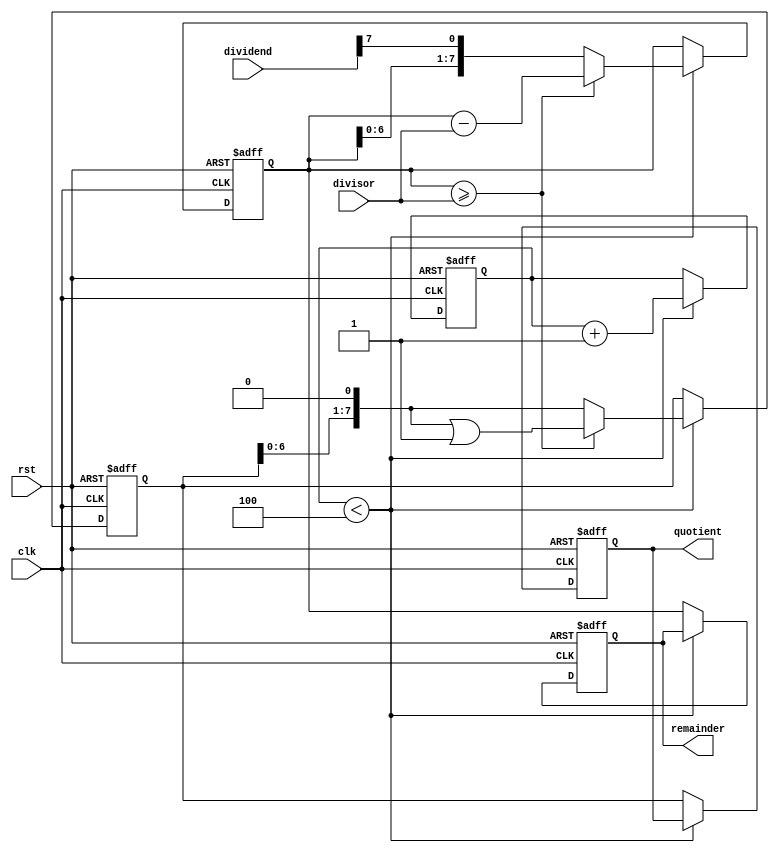
module binary_divider (
  input [7:0] dividend,
  input [7:0] divisor,
  output reg [7:0] quotient,
  output reg [7:0] remainder,
  input clk,
  input rst
);

reg [7:0] tmp_dividend;
reg [7:0] tmp_divisor;
reg [3:0] count;
reg [7:0] shifted_divisor;
reg [7:0] tmp_remainder;

always @(posedge clk or posedge rst) begin
  if (rst) begin
    quotient <= 8'b0;
    remainder <= 8'b0;
    tmp_dividend <= 8'b0;
    tmp_divisor <= 8'b0;
    count <= 4'b0;
    shifted_divisor <= 8'b0;
    tmp_remainder <= 8'b0;
  end else begin
    if (count < 4) begin
      tmp_dividend <= {tmp_dividend[6:0], dividend[7]};
      tmp_remainder <= {tmp_remainder[6:0], dividend[7]};

      if (tmp_remainder >= divisor) begin
        tmp_remainder <= tmp_remainder - divisor;
        tmp_divisor <= (tmp_divisor << 1) | 1;
      end else begin
        tmp_divisor <= tmp_divisor << 1;
      end

      count <= count + 1;
    end else begin
      quotient <= tmp_divisor;
      remainder <= tmp_remainder;
    end
  end
end

endmodule